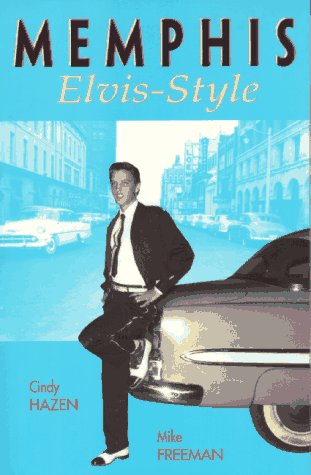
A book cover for Memphis Elvis-Style; Cindy Hazen; Travel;